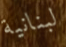
لبنانية